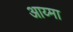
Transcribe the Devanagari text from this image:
आय्मा